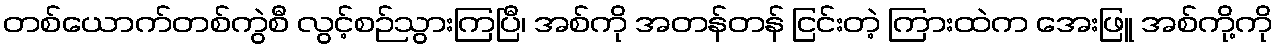
တစ်ယောက်တစ်ကွဲစီ လွင့်စဉ်သွားကြပြီ၊ အစ်ကို အတန်တန် ငြင်းတဲ့ ကြားထဲက အေးဖြူ အစ်ကို့ကို